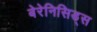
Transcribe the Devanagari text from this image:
बेरेनिसिड्स